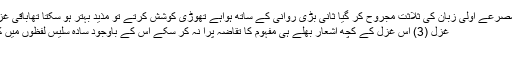
شعر کا مفہوم بہترین مگر مصرعے اولیَ زبان کی ثلاثت مجروح کر گیا ثانی بڑی روانی کے ساتھ ہواہے تھوڑی کوشش کرتے تو مذید بہتر ہو سکتا تھاباقی غزل کے تمام اشعار ٹھک ہیں
غزل (3) اس غزل کے کچھ اشعار بھلے ہی مفہوم کا تقاضہ پرا نہ کر سکے اس کے باوجود سادہ سلیس لفظوں میں کہی گئ یہ غزل پرٗلطف ہے
غزل( 4)رکھدیا !